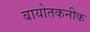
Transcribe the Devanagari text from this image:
बायोतकनीक